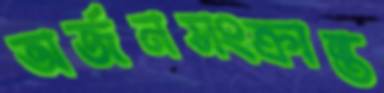
অর্জনসংক্রান্ত